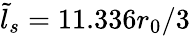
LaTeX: \tilde{l}_{s}=11.336r_{0}/3